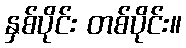
နှစ်ပိုင်း တစ်ပိုင်း။